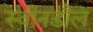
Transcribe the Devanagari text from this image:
स्वीनडौल